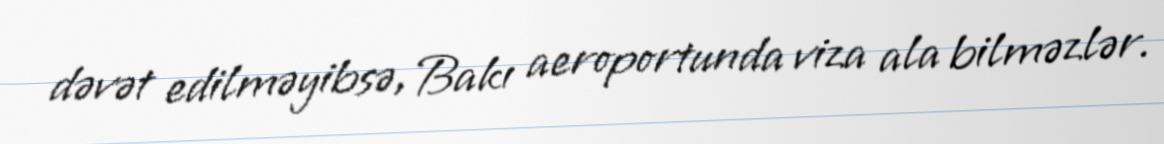
dəvət edilməyibsə, Bakı aeroportunda viza ala bilməzlər.